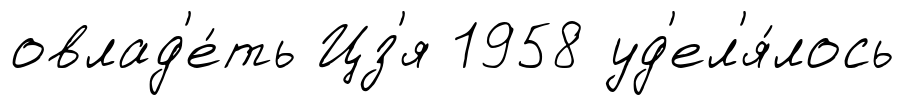
овлад'е́ть Цз'я 1958 уд'ел'я́лось